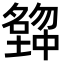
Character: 𡒒